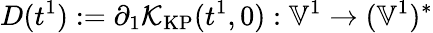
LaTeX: D(t^{1}):=\partial_{1}\mathcal{K}_{\mathrm{KP}}(t^{1},0):\mathbb{V}^{1}\to(\mathbb{V}^{1})^{*}